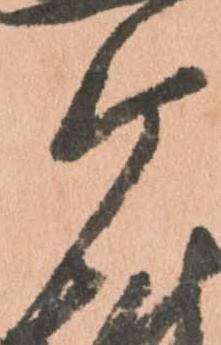
ケ